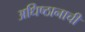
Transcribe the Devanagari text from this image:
अधिष्ठानाची